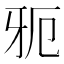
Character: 𱭣